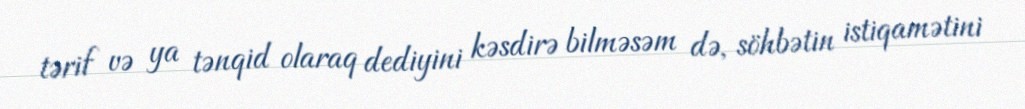
tərif və ya tənqid olaraq dediyini kəsdirə bilməsəm də, söhbətin istiqamətini